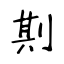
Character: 剘